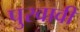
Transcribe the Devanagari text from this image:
पुरवावी